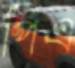
পিএ